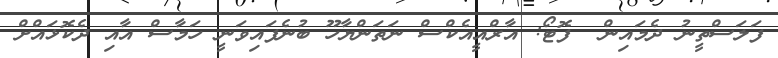
ފަލަސްތީނު ދެމައިން  ފޮޓޯ: އާރްއީއެކްސް ނަތަންޔާހޫ ބުނެފައިވަނީ ހަމާސް އާއި ދެކޮޅައްށް